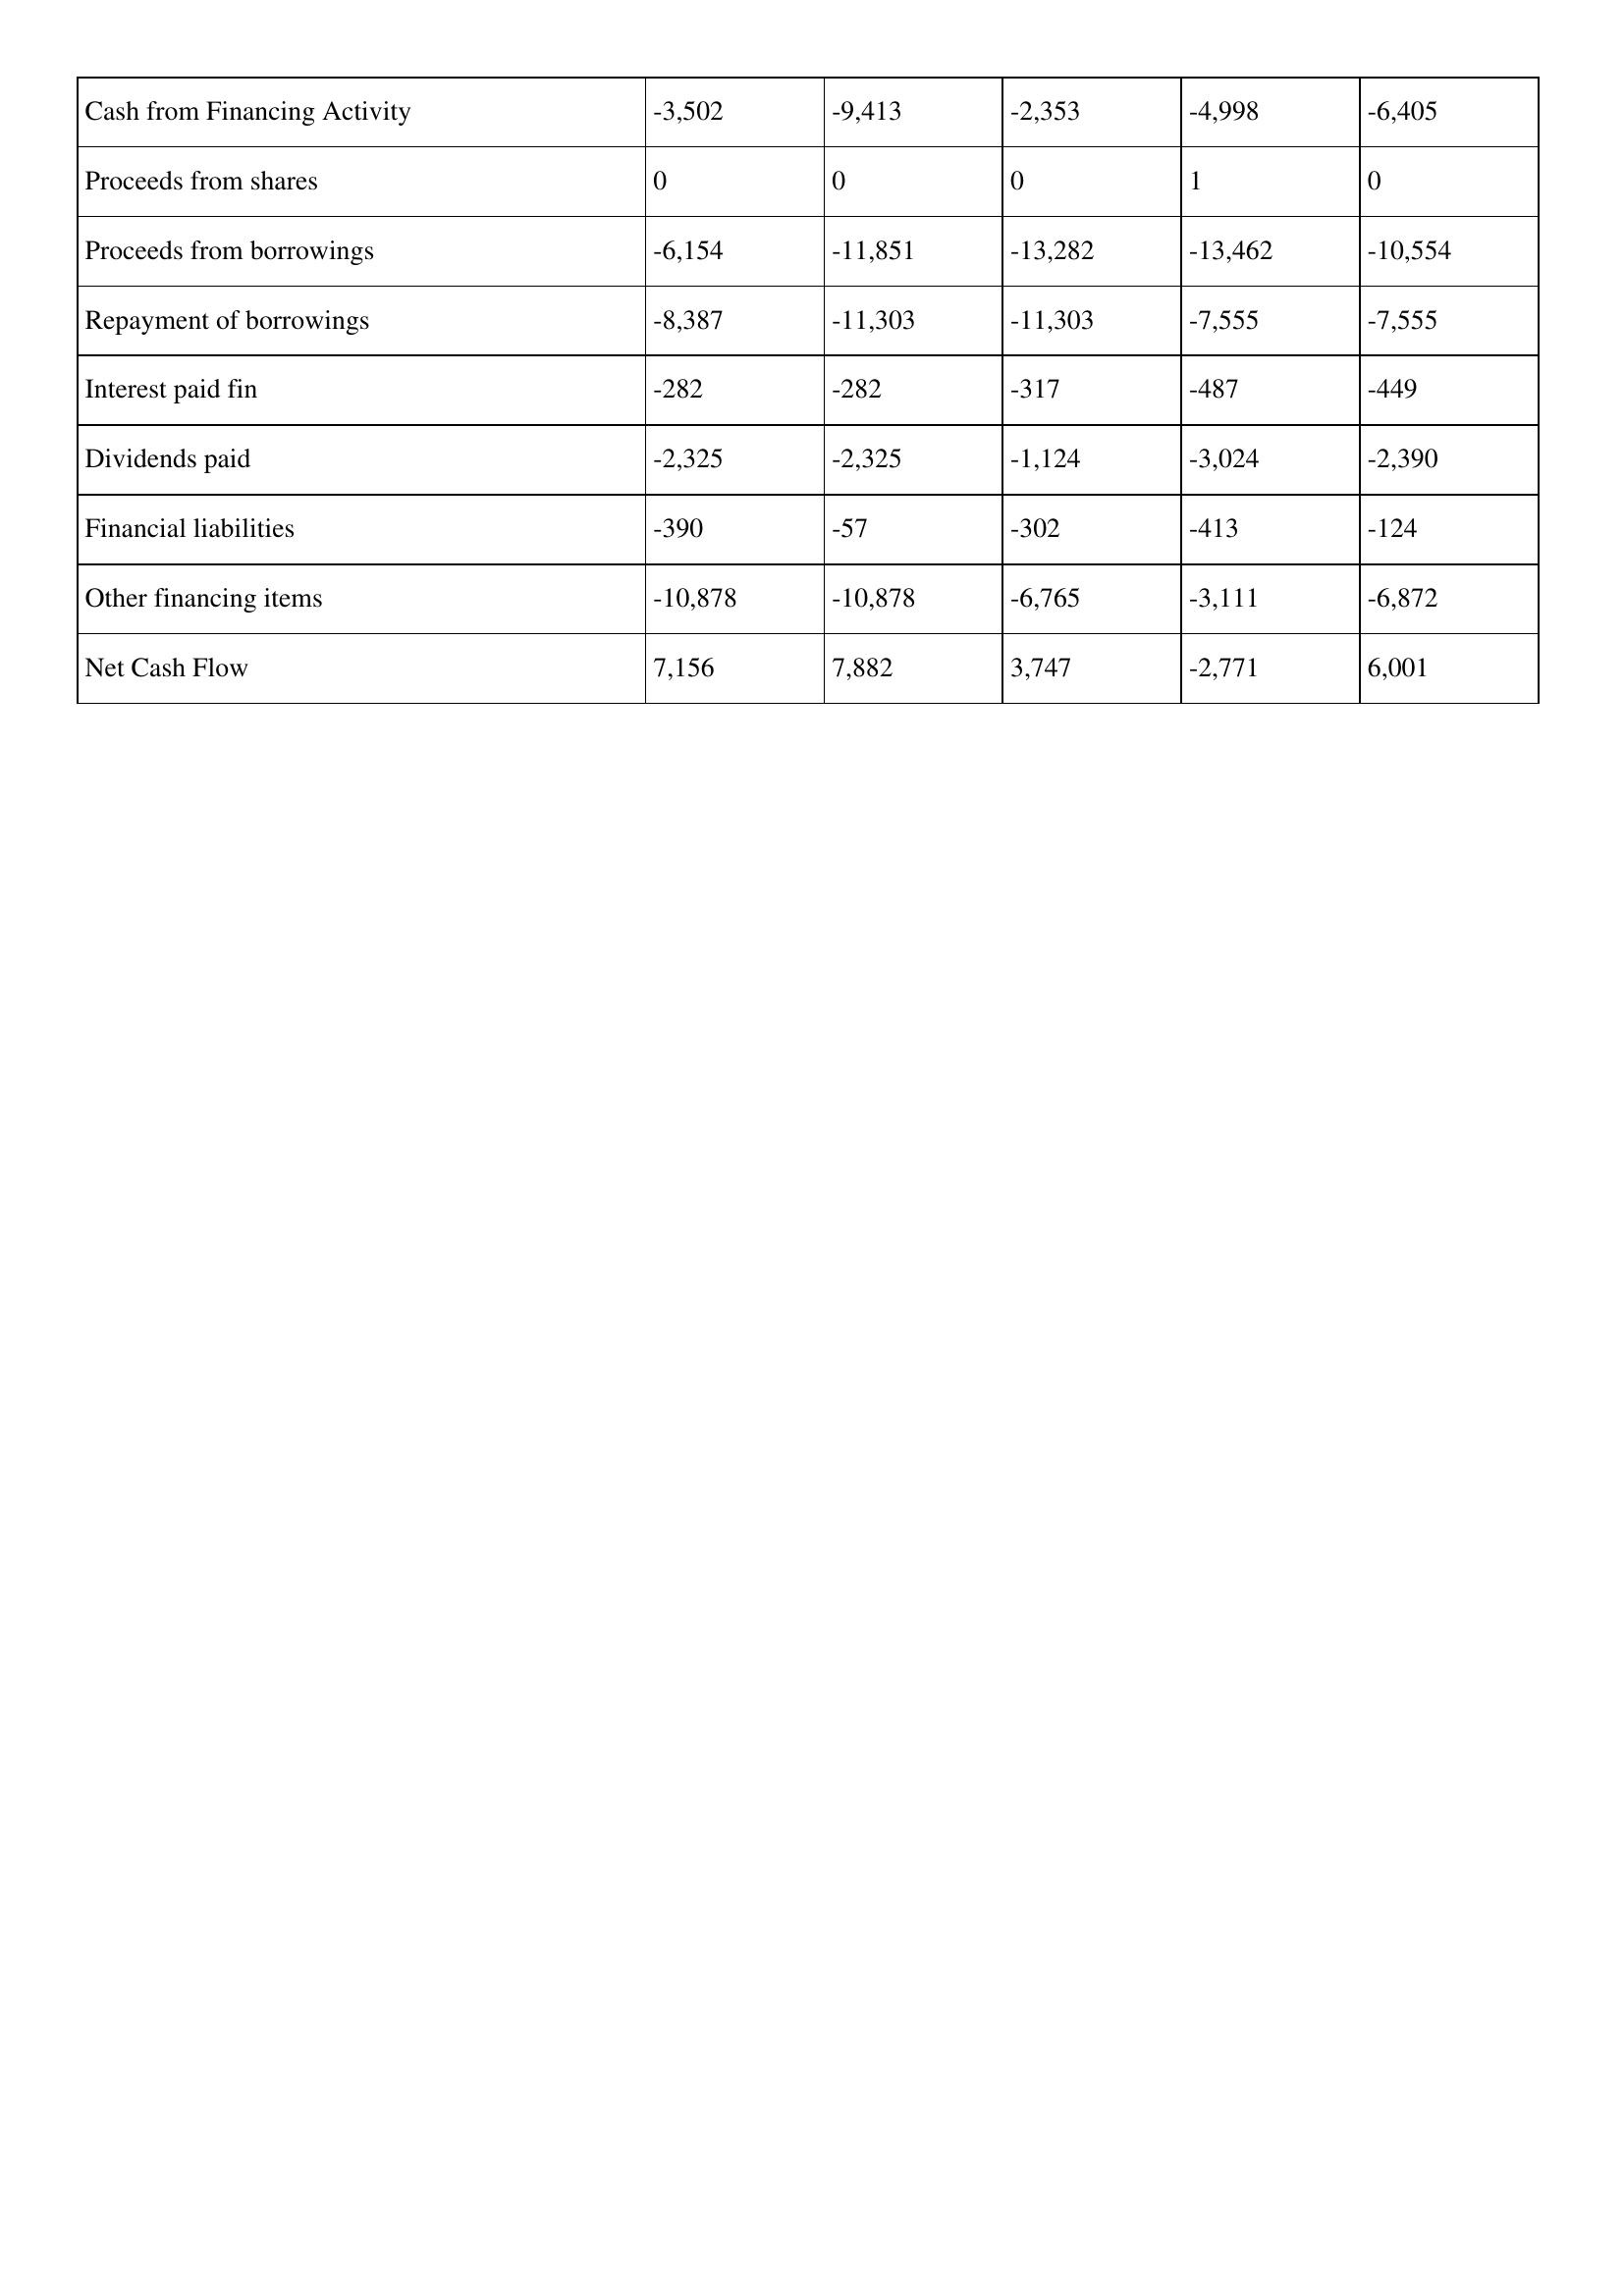
gt_parse: 2000: Cash Flows: Cash from Financing Activity: -3,502
Proceeds from shares: 0
Proceeds from borrowings: -6,154
Repayment of borrowings: -8,387
Interest paid fin: -282
Dividends paid: -2,325
Financial liabilities: -390
Other financing items: -10,878
Net Cash Flow: 7,156
1999: Cash Flows: Cash from Financing Activity: -9,413
Proceeds from shares: 0
Proceeds from borrowings: -11,851
Repayment of borrowings: -11,303
Interest paid fin: -282
Dividends paid: -2,325
Financial liabilities: -57
Other financing items: -10,878
Net Cash Flow: 7,882
1998: Cash Flows: Cash from Financing Activity: -2,353
Proceeds from shares: 0
Proceeds from borrowings: -13,282
Repayment of borrowings: -11,303
Interest paid fin: -317
Dividends paid: -1,124
Financial liabilities: -302
Other financing items: -6,765
Net Cash Flow: 3,747
1997: Cash Flows: Cash from Financing Activity: -4,998
Proceeds from shares: 1
Proceeds from borrowings: -13,462
Repayment of borrowings: -7,555
Interest paid fin: -487
Dividends paid: -3,024
Financial liabilities: -413
Other financing items: -3,111
Net Cash Flow: -2,771
1996: Cash Flows: Cash from Financing Activity: -6,405
Proceeds from shares: 0
Proceeds from borrowings: -10,554
Repayment of borrowings: -7,555
Interest paid fin: -449
Dividends paid: -2,390
Financial liabilities: -124
Other financing items: -6,872
Net Cash Flow: 6,001